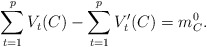
\begin{align*} \sum_{t=1}^pV_t(C)-\sum_{t=1}^pV'_t(C)=m^0_C.\end{align*}